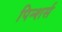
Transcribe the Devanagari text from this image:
पिन्शर्स